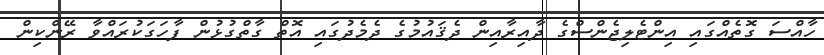
ހާއްސަ ގޮތެއްގައި އިންޓެލިޖެންސްގެ ދާއިރާއިން ދެޤައުމުގެ ދެމެދުގައި އޮތް ގާތްގުޅުން ފާހަގަކުރައްވާ ރޭންކިން